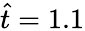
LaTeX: \hat{t}=1.1